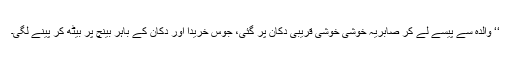
‘‘ والدہ سے پیسے لے کر صابریہ خوشی خوشی قریبی دکان پر گئی، جوس خریدا اور دکان کے باہر بینچ پر بیٹھ کر پینے لگی۔